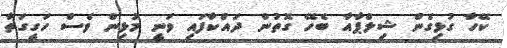
ކޭހާ ގުޅިގެން ޝިލްޕާއާ ބެހޭ ގޮތުން ދައްކާފައި ވަނީ މުޅިން ވެސް ހަގީގަތާ